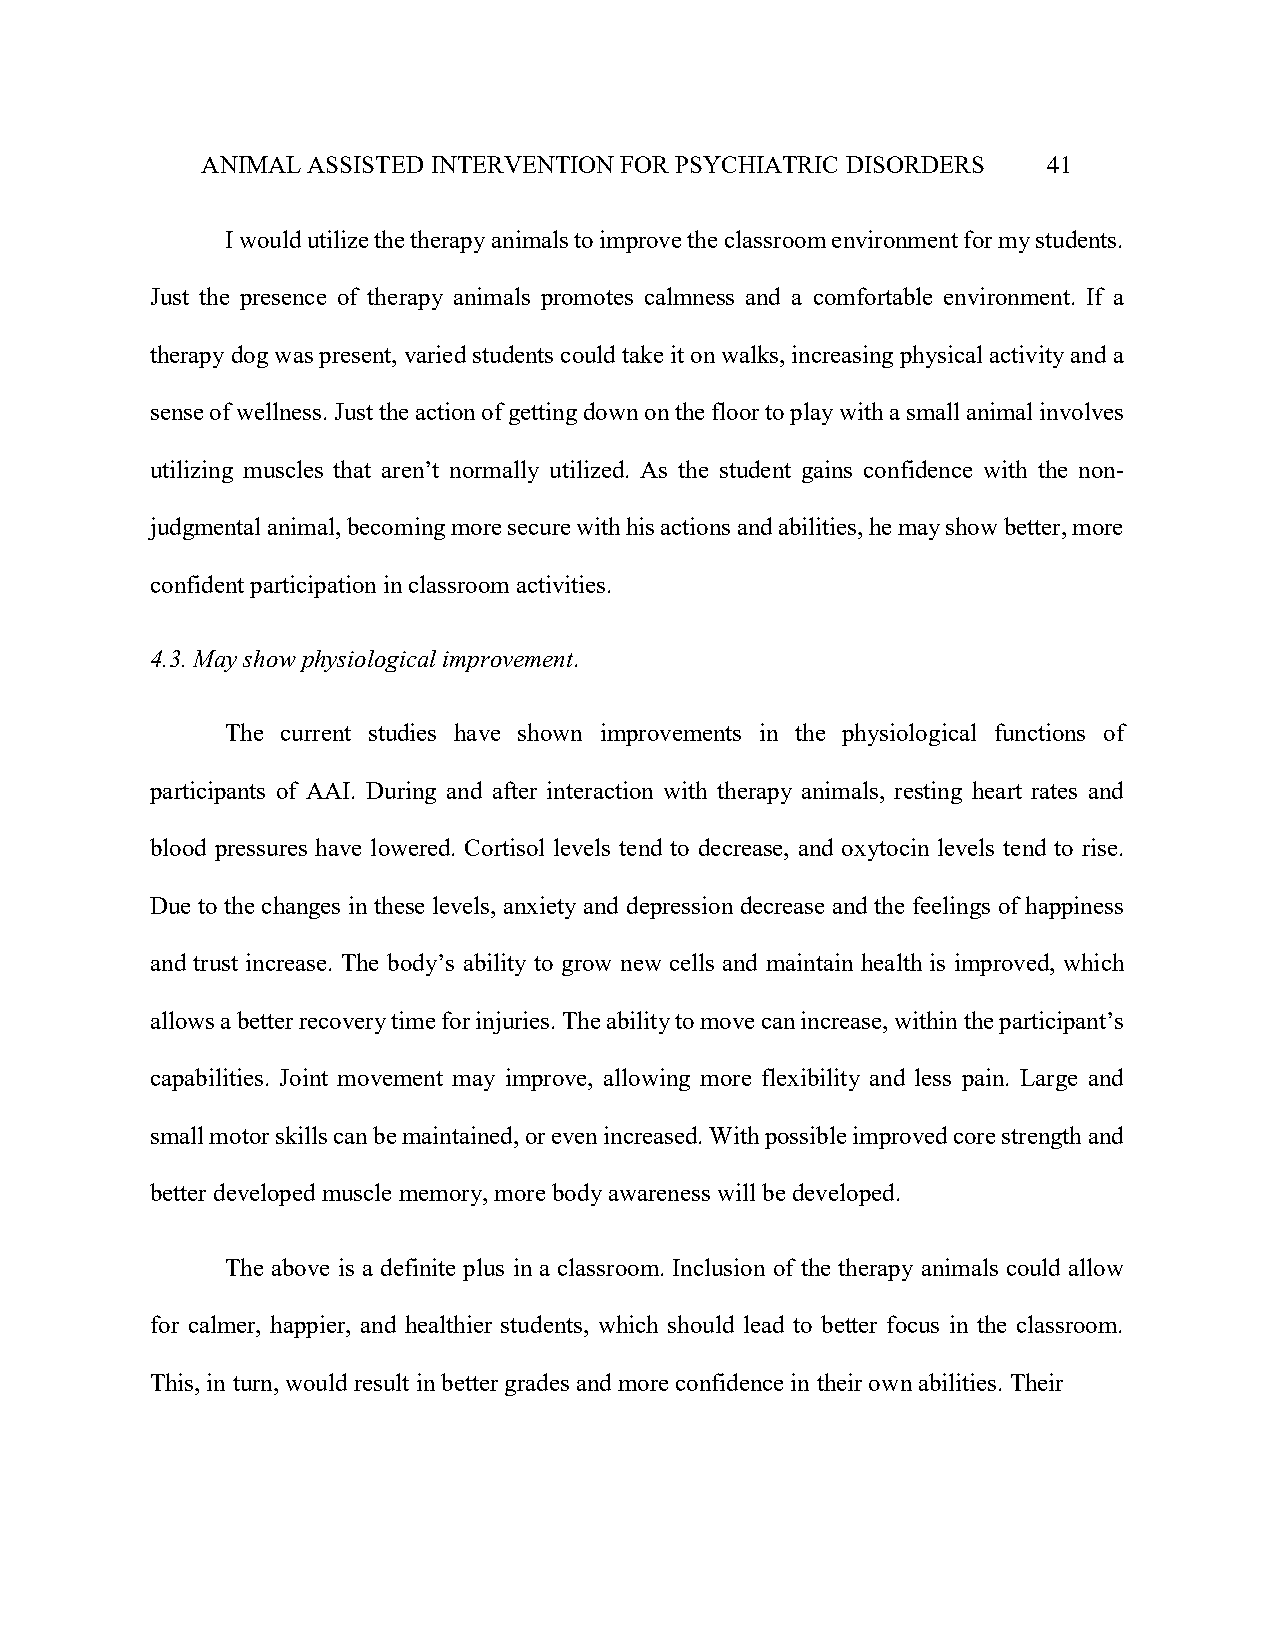
ANIMAL ASSISTED INTERVENTION FOR PSYCHIATRIC DISORDERS  41
 I would utilize the therapy animals to improve the classroom environment for my students.
 Just the presence of therapy animals promotes calmness and a comfortable environment. If a
 therapy dog was present, varied students could take it on walks, increasing physical activity and a
 sense of wellness. Just the action of getting down on the floor to play with a small animal involves
 utilizing muscles that aren’t normally utilized. As the student gains confidence with the non-
 judgmental animal, becoming more secure with his actions and abilities, he may show better, more
 confident participation in classroom activities.
 4.3. May show physiological improvement.
 The current studies have shown improvements in the physiological functions of
 participants of AAI. During and after interaction with therapy animals, resting heart rates and
 blood pressures have lowered. Cortisol levels tend to decrease, and oxytocin levels tend to rise.
 Due to the changes in these levels, anxiety and depression decrease and the feelings of happiness
 and trust increase. The body’s ability to grow new cells and maintain health is improved, which
 allows a better recovery time for injuries. The ability to move can increase, within the participant’s
 capabilities. Joint movement may improve, allowing more flexibility and less pain. Large and
 small motor skills can be maintained, or even increased. With possible improved core strength and
 better developed muscle memory, more body awareness will be developed.
 The above is a definite plus in a classroom. Inclusion of the therapy animals could allow
 for calmer, happier, and healthier students, which should lead to better focus in the classroom.
 This, in turn, would result in better grades and more confidence in their own abilities. Their